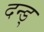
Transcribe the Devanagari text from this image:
दन्ड्